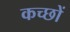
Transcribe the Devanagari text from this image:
कच्छों